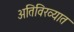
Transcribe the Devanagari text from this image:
अतिविख्यात